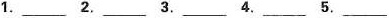
1.___ 2.___ 3.___ 4.___ 5.___